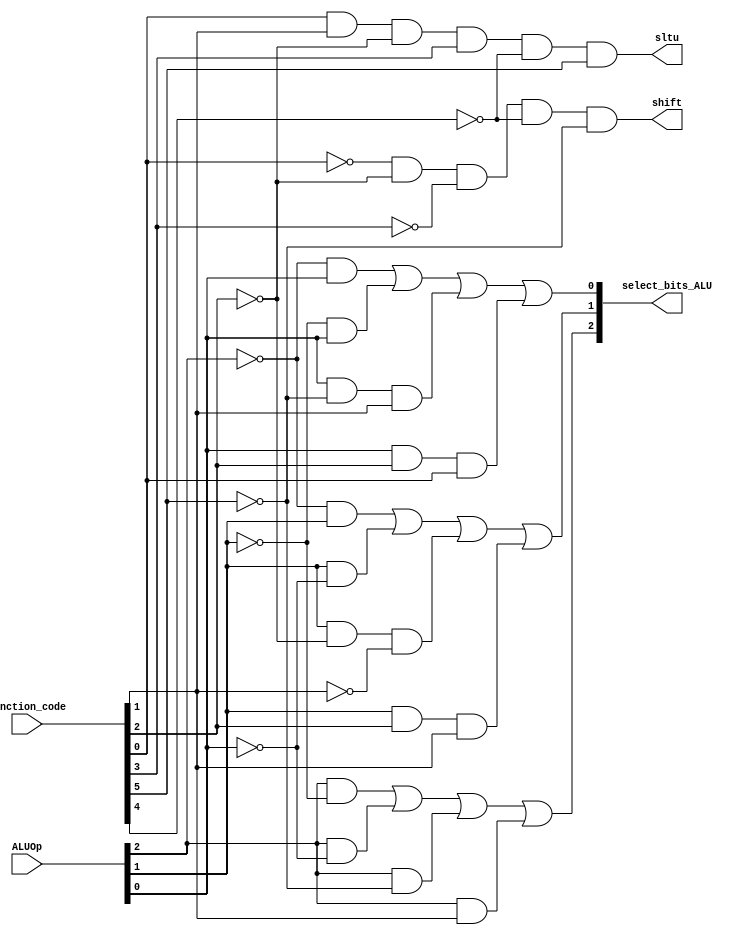
module alu_control(select_bits_ALU, shift, sltu, function_code, ALUOp);

input [5:0] function_code;
input [0:2] ALUOp;
output [2:0] select_bits_ALU;
output shift;
output sltu;

wire f0not;
wire f1not;
wire f2not;
wire f3not;
wire f4not;
wire f5not;

wire ALUOp2not;
wire ALUOp1not;
wire ALUOp0not;

not(f0not,function_code[0]);
not(f1not, function_code[1]);
not(f2not, function_code[2]);
not(f3not,function_code[3]);
not(f4not, function_code[4]);
not(f5not, function_code[5]);

not(ALUOp2not, ALUOp[2]);
not(ALUOp1not, ALUOp[1]);
not(ALUOp0not, ALUOp[0]);

// --------------------- s2 bit ----------------------- //

wire ALUOp0andALUOp1not;
wire ALUOp0andALUOp2not;
wire ALUOp0andf5not;
wire ALUOp0andfunct1;

and(ALUOp0andALUOp1not, ALUOp[0], ALUOp1not);
and(ALUOp0andALUOp2not, ALUOp[0], ALUOp2not);
and(ALUOp0andf5not, ALUOp[0], f5not);
and(ALUOp0andfunct1, ALUOp[0], function_code[1]);

or(select_bits_ALU[2],ALUOp0andALUOp1not, ALUOp0andALUOp2not, ALUOp0andf5not, ALUOp0andfunct1);

// --------------------- s1 bit ----------------------- //

wire ALUOp0notandALUOp1;
wire ALUOp1andALUOp2not;
wire ALUOp1andf2notandf1not;
wire ALUOp1andfunct2andfunct1;

and(ALUOp0notandALUOp1, ALUOp0not, ALUOp[1]);
and(ALUOp1andALUOp2not, ALUOp[1], ALUOp2not); 
and(ALUOp1andf2notandf1not, ALUOp[1], f2not, f1not); 
and(ALUOp1andfunct2andfunct1, ALUOp[1], function_code[2], function_code[1]);

or(select_bits_ALU[1], ALUOp0notandALUOp1, ALUOp1andALUOp2not, ALUOp1andf2notandf1not, ALUOp1andfunct2andfunct1);

// --------------------- s0 bit ----------------------- //

wire ALUOp0notandALUOp2;
wire ALUOp1notandALUOp2;
wire ALUOp2andf5notandfunct1;
wire ALUOp2andfunct2andfunct0;

and(ALUOp0notandALUOp2, ALUOp0not, ALUOp[2]);
and(ALUOp1notandALUOp2,	ALUOp1not, ALUOp[2]);	
and(ALUOp2andf5notandfunct1, ALUOp[2], f5not, function_code[1]);
and(ALUOp2andfunct2andfunct0, ALUOp[2] ,function_code[2], function_code[0]);

or(select_bits_ALU[0], ALUOp0notandALUOp2,ALUOp1notandALUOp2, ALUOp2andf5notandfunct1, ALUOp2andfunct2andfunct0);


// sltu signal 


and(sltu, function_code[0], function_code[1],f2not,function_code[3],f4not, function_code[5]);

// shift signal 


and(shift, f0not, f2not, f3not, f4not, f5not);

//this module use just structural verilog
//contol unit part = convert to function code(6bits) to select bits(3bits)(needs ALU)
//for control unit part, have to design circuit that can only do this job. 
//(Remember the lecture,first step use K-map.......)

//example
//input = function_code = 20(hex) = 32(dec) = add
//output = select_bits_ALU = 010(binary) = 2(dec) = add

//function_code = 02(srl) -> select bits == 101 (alu32 can work srl)


endmodule